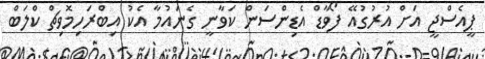
ޕީއެސްޖީ އަށް އުރުގުއޭ ފޯވާޑް އެޑިންސަން ކަވާނީ ގެނައުމާ އެކު އިބްރަހިމޮވިޗް ކްލަބް